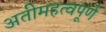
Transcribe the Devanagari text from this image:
अतीमहत्वपूर्ण